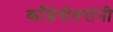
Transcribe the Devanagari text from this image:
काँग्रेसेतरांनी